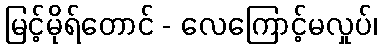
မြင့်မိုရ်တောင် - လေကြောင့်မလှုပ်၊